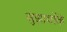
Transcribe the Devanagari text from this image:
सुझावोंके